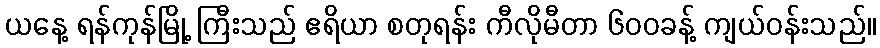
ယနေ့ ရန်ကုန်မြို့ ကြီးသည် ဧရိယာ စတုရန်း ကီလိုမီတာ ၆၀၀ခန့် ကျယ်ဝန်းသည်။